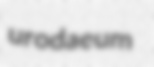
urodaeum